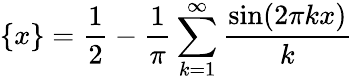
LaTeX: \{ x\} ={\frac{1}{2}}-{\frac{1}{\pi}}\sum_{k=1}^{\infty}{\frac{\sin(2\pi kx)}{k}}